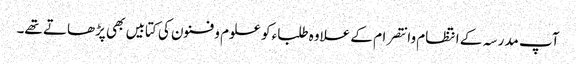
آپ مدرسہ کے انتظام وانتصرام کے علاوہ طلباء کو علوم و فنون کی کتابیں بھی پڑھاتے تھے۔